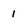
Character: 1